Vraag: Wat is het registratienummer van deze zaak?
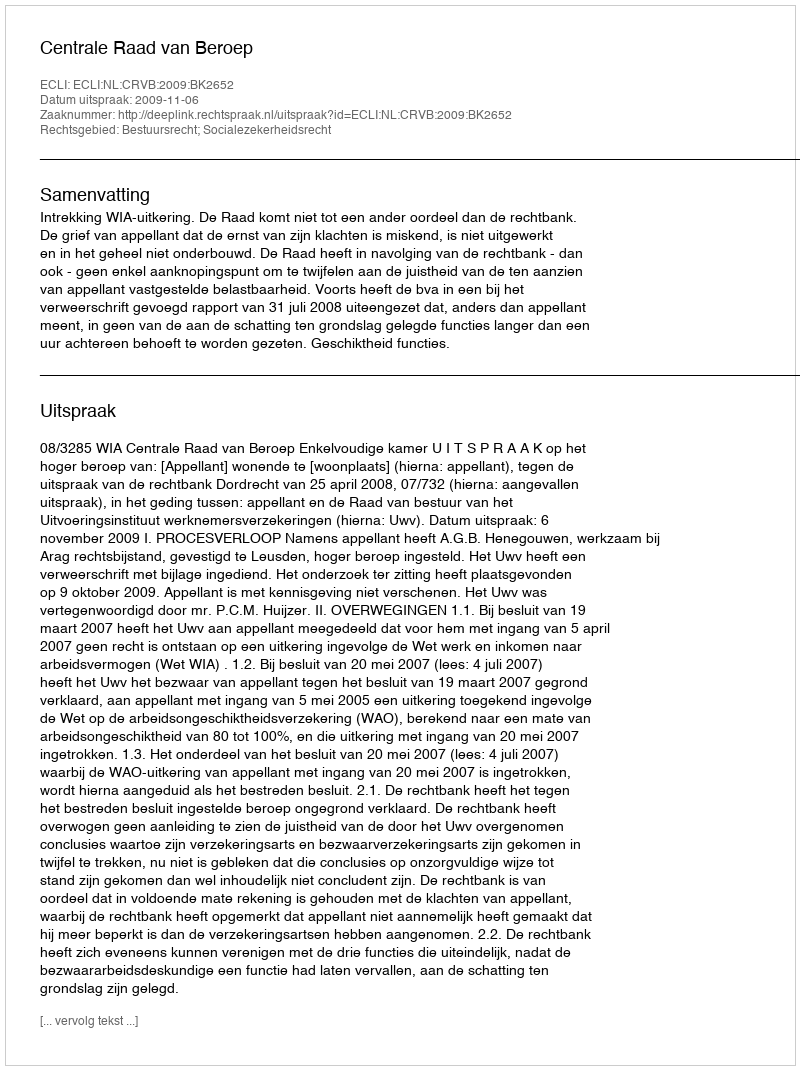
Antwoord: http://deeplink.rechtspraak.nl/uitspraak?id=ECLI:NL:CRVB:2009:BK2652